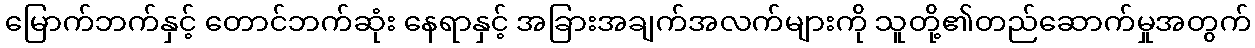
မြောက်ဘက်နှင့် တောင်ဘက်ဆုံး နေရာနှင့် အခြားအချက်အလက်များကို သူတို့၏တည်ဆောက်မှုအတွက်